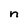
Character: n